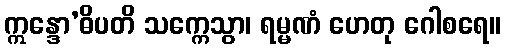
ဣန္ဒော’ဓိပတိ သက္ကေသွာ၊ ရမ္မဏံ ဟေတု ဂေါစရေ။